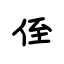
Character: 侄